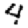
Digit: 4